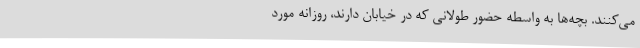
می‌کنند. بچه‌ها به واسطه حضور طولانی که در خیابان دارند، روزانه مورد